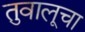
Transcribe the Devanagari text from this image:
तुवालूचा